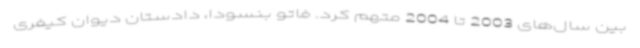
بین سال‌های 2003 تا 2004 متهم کرد. فاتو بنسودا، دادستان دیوان کیفری